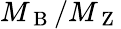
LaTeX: M_{\mathrm{~B~}}/M_{\mathrm{~Z~}}